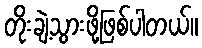
တိုးချဲ့သွားဖို့ဖြစ်ပါတယ်။